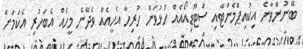
ބޭނުންވާނެ އިކުއިޕްމެންޓާއި ސްޓޫޑިއޯއެއް ހުޅުވަން ހުރިހާ އެހީއެއް ވެދޭނެ މީހެއް އެބަހުރި އެކަމަށް